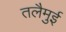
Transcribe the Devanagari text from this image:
तलैमुई